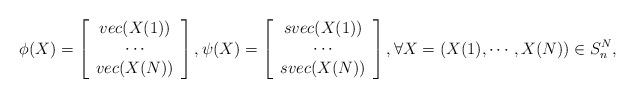
LaTeX: \begin{align*}\phi(X)=\left[\begin{array}{cc}vec(X(1))\\\cdots\\vec(X(N))\end{array}\right],\psi(X)=\left[\begin{array}{cc}svec(X(1))\\\cdots\\svec(X(N))\end{array}\right],\forall X=(X(1),\cdots,X(N))\in S_n^N,\end{align*}